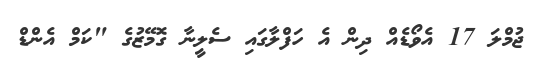
ޖުމްލަ 17 އެވޯޑެއް ދިން އެ ހަފްލާގައި ސެލީނާ ގޮމޭޒުގެ "ކަމް އެންޑް